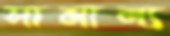
সামান্য